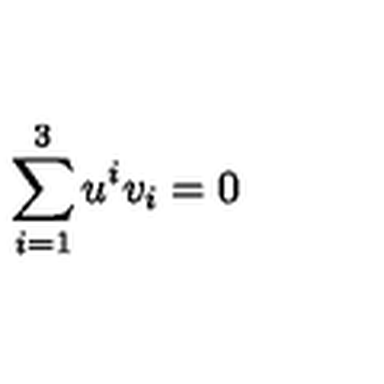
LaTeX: \sum _ { i = 1 } ^ { 3 } u ^ { i } v _ { i } = 0